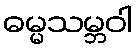
ဓမ္မသမ္ဘဝါ